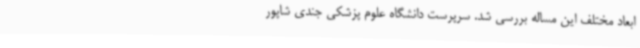
ابعاد مختلف این مساله بررسی شد. سرپرست دانشگاه علوم پزشکی جندی شاپور